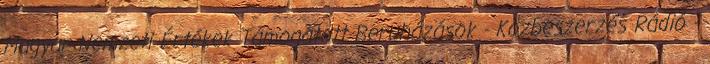
Magyar Nemzeti Értékek Támogatott Beruházások - Közbeszerzés Rádió -